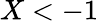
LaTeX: X<-1